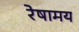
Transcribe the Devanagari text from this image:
रेषामय